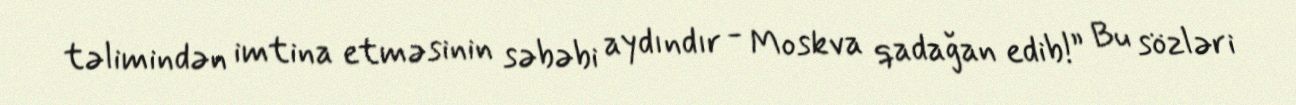
təlimindən imtina etməsinin səbəbi aydındır - Moskva qadağan edib!” Bu sözləri